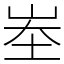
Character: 峚